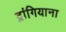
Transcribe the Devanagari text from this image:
द्रांगियाना